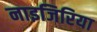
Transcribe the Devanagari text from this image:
नाइजिरिया